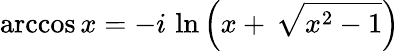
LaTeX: \operatorname{arccos}x=-i\, \ln\left(x+\, {\sqrt{x^{2}-1}}\right)